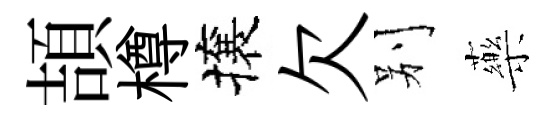
頡樽攘欠别藥